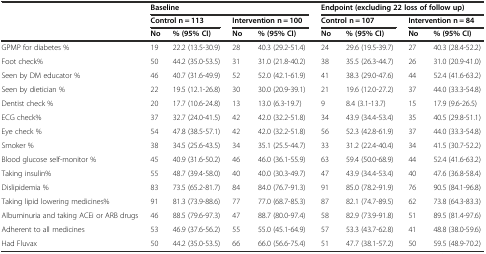
<table><thead><tr><td></td><td colspan="4"><b>Baseline</b></td><td colspan="4"><b>Endpoint (excluding 22 loss of follow up)</b></td></tr><tr><td></td><td colspan="2"><b>Control n = 113</b></td><td colspan="2"><b>Intervention n = 100</b></td><td colspan="2"><b>Control n = 107</b></td><td colspan="2"><b>Intervention n = 84</b></td></tr><tr><td></td><td><b>No</b></td><td><b>% (95% CI)</b></td><td><b>No</b></td><td><b>% (95% CI)</b></td><td><b>No</b></td><td><b>% (95% CI)</b></td><td><b>No</b></td><td><b>% (95% CI)</b></td></tr></thead><tbody><tr><td>GPMP for diabetes %</td><td>19</td><td>22.2 (13.5-30.9)</td><td>28</td><td>40.3 (29.2-51.4)</td><td>24</td><td>29.6 (19.5-39.7)</td><td>27</td><td>40.3 (28.4-52.2)</td></tr><tr><td>Foot check%</td><td>50</td><td>44.2 (35.0-53.5)</td><td>31</td><td>31.0 (21.8-40.2)</td><td>38</td><td>35.5 (26.3-44.7)</td><td>26</td><td>31.0 (20.9-41.0)</td></tr><tr><td>Seen by DM educator %</td><td>46</td><td>40.7 (31.6-49.9)</td><td>52</td><td>52.0 (42.1-61.9)</td><td>41</td><td>38.3 (29.0-47.6)</td><td>44</td><td>52.4 (41.6-63.2)</td></tr><tr><td>Seen by dietician %</td><td>22</td><td>19.5 (12.1-26.8)</td><td>30</td><td>30.0 (20.9-39.1)</td><td>21</td><td>19.6 (12.0-27.2)</td><td>37</td><td>44.0 (33.3-54.8)</td></tr><tr><td>Dentist check %</td><td>20</td><td>17.7 (10.6-24.8)</td><td>13</td><td>13.0 (6.3-19.7)</td><td>9</td><td>8.4 (3.1-13.7)</td><td>15</td><td>17.9 (9.6-26.5)</td></tr><tr><td>ECG check%</td><td>37</td><td>32.7 (24.0-41.5)</td><td>42</td><td>42.0 (32.2-51.8)</td><td>34</td><td>43.9 (34.4-53.4)</td><td>35</td><td>40.5 (29.8-51.1)</td></tr><tr><td>Eye check %</td><td>54</td><td>47.8 (38.5-57.1)</td><td>42</td><td>42.0 (32.2-51.8)</td><td>56</td><td>52.3 (42.8-61.9)</td><td>37</td><td>44.0 (33.3-54.8)</td></tr><tr><td>Smoker %</td><td>38</td><td>34.5 (25.6-43.5)</td><td>34</td><td>35.1 (25.5-44.7)</td><td>33</td><td>31.2 (22.4-40.4)</td><td>34</td><td>41.5 (30.7-52.2)</td></tr><tr><td>Blood glucose self-monitor %</td><td>45</td><td>40.9 (31.6-50.2)</td><td>46</td><td>46.0 (36.1-55.9)</td><td>63</td><td>59.4 (50.0-68.9)</td><td>44</td><td>52.4 (41.6-63.2)</td></tr><tr><td>Taking insulin%</td><td>55</td><td>48.7 (39.4-58.0)</td><td>40</td><td>40.0 (30.3-49.7)</td><td>47</td><td>43.9 (34.4-53.4)</td><td>40</td><td>47.6 (36.8-58.4)</td></tr><tr><td>Dislipidemia %</td><td>83</td><td>73.5 (65.2-81.7)</td><td>84</td><td>84.0 (76.7-91.3)</td><td>91</td><td>85.0 (78.2-91.9)</td><td>76</td><td>90.5 (84.1-96.8)</td></tr><tr><td>Taking lipid lowering medicines%</td><td>91</td><td>81.3 (73.9-88.6)</td><td>77</td><td>77.0 (68.7-85.3)</td><td>87</td><td>82.1 (74.7-89.5)</td><td>62</td><td>73.8 (64.3-83.3)</td></tr><tr><td>Albuminuria and taking ACEi or ARB drugs</td><td>46</td><td>88.5 (79.6-97.3)</td><td>47</td><td>88.7 (80.0-97.4)</td><td>58</td><td>82.9 (73.9-91.8)</td><td>51</td><td>89.5 (81.4-97.6)</td></tr><tr><td>Adherent to all medicines</td><td>53</td><td>46.9 (37.6-56.2)</td><td>55</td><td>55.0 (45.1-64.9)</td><td>57</td><td>53.3 (43.7-62.8)</td><td>41</td><td>48.8 (38.0-59.6)</td></tr><tr><td>Had Fluvax</td><td>50</td><td>44.2 (35.0-53.5)</td><td>66</td><td>66.0 (56.6-75.4)</td><td>51</td><td>47.7 (38.1-57.2)</td><td>50</td><td>59.5 (48.9-70.2)</td></tr></tbody></table>